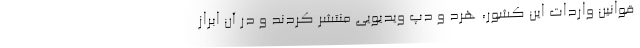
قوانین واردات این کشور، هرد و دپ ویدیویی منتشر کردند و در آن ابراز